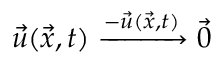
\Vec { u } ( \Vec { x } , t ) \xrightarrow { - \Vec { u } ( \Vec { x } , t ) } \vec { 0 }